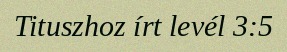
Tituszhoz írt levél 3:5